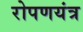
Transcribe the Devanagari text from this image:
रोपणयंत्र